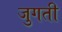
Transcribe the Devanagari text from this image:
जुगती